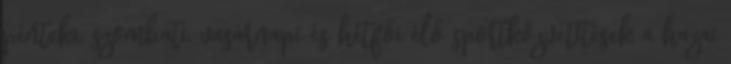
pénteki, szombati, vasárnapi és hétfői élő sportközvetítések a hazai